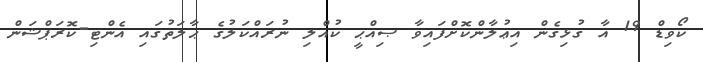
ކޯވިޑް 19 އާ ގުޅިގެން އިޢުލާންކޮށްފައިވާ ޞިއްޙީ ކުއްލި ނުރައްކަލުގެ ޙާލަތުގައި އެންޓި-ކޮރަޕްޝަން